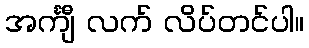
အင်္ကျီ လက် လိပ်တင်ပါ။